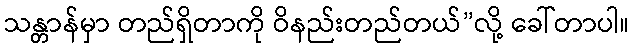
သန္တာန်မှာ တည်ရှိတာကို ဝိနည်းတည်တယ်”လို့ ခေါ်တာပါ။